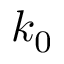
k _ { 0 }